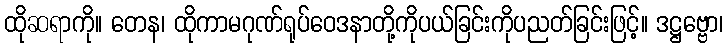
ထိုဆရာကို။ တေန၊ ထိုကာမဂုဏ်ရုပ်ဝေဒနာတို့ကိုပယ်ခြင်းကိုပညတ်ခြင်းဖြင့်။ ဒဋ္ဌဗ္ဗော၊